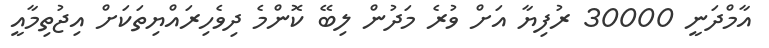
އާމްދަނީ 30000 ރުފިޔާ އަށް ވުރެ މަދުން ލިބޭ ކޮންމެ ދިވެހިރައްޔިތަކަށް އިޖުތިމާއީ